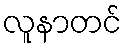
လူနာတင်